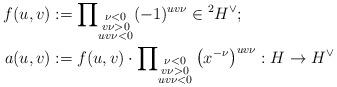
LaTeX: \begin{align*}f(u,v) &:= \prod\nolimits_{\substack{\nu<0\\ v\nu>0\\ uv\nu<0}} (-1)^{uv\nu} \in {}^2H^\vee;\\a(u,v)&:= f(u,v)\cdot \prod\nolimits_{\substack{\nu<0\\ v\nu>0\\ uv\nu<0}} \left(x^{-\nu} \right)^{uv\nu} :H \to H^\vee\end{align*}